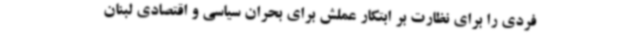
فردی را برای نظارت بر ابتکار عملش برای بحران سیاسی و اقتصادی لبنان